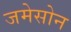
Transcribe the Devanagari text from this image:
जमेसोन